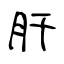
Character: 肝